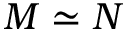
M \simeq N